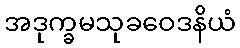
အဒုက္ခမသုခဝေဒနိယံ